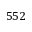
5 5 2